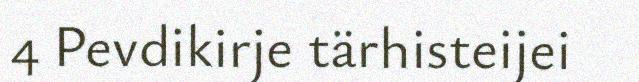
4 Pevdikirje tärhisteijei